Lunatic asylums Central Provinces reports 1886-1894 - 1886-1894
Year: 1886
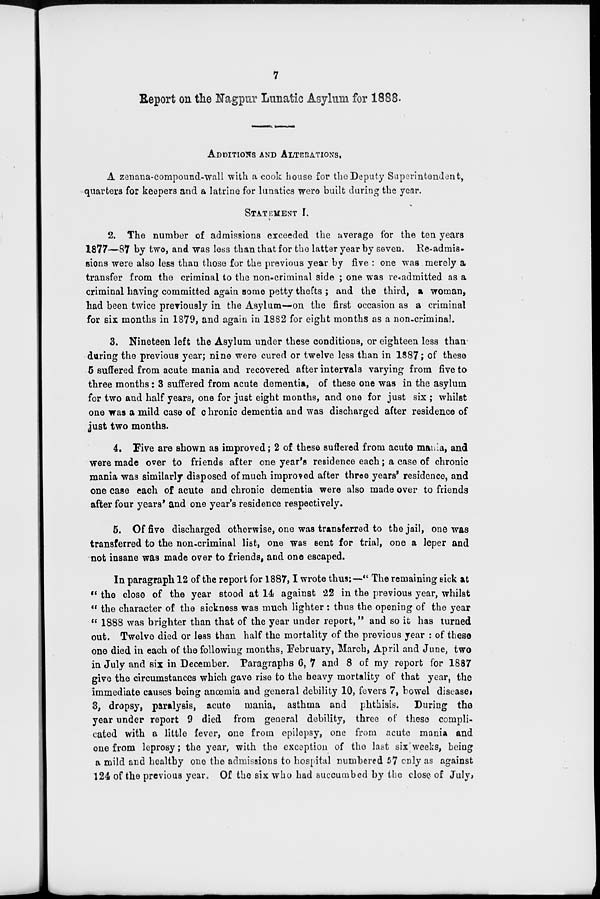
7
Report on the Nagpur Lunatic Asylum for 1888.
ADDITIONS AND ALTERATIONS.
A zenana-compound-wall with a cook house for the Deputy Superintendent,
quarters for keepers and a latrine for lunatics were built during the year.
STATEMENT I.
2. The number of admissions exceeded the average for the ten years
1877—87 by two, and was less than that for the latter year by seven. Re-admis-
sions were also less than those for the previous year by five : one was merely a
transfer from the criminal to the non-criminal side ; one was re-admitted as a
criminal having committed again some petty thefts ; and the third, a woman,
had been twice previously in the Asylum—on the first occasion as a criminal
for six months in 1879, and again in 1882 for eight months as a non-criminal.
3. Nineteen left the Asylum under these conditions, or eighteen less than
during the previous year; nine were cured or twelve less than in 1887; of these
5 suffered from acute mania and recovered after intervals varying from five to
three months : 3 suffered from acute dementia, of these one was in the asylum
for two and half years, one for just eight months, and one for just six ; whilst
one was a mild case of chronic dementia and was discharged after residence of
just two months.
4. Five are shown as improved; 2 of these suffered from acute mania, and
were made over to friends after one year's residence each ; a case of chronic
mania was similarly disposed of much improved after three years' residence, and
one case each of acute and chronic dementia were also made over to friends
after four years' and one year's residence respectively.
5. Of five discharged otherwise, one was transferred to the jail, one was
transferred to the non-criminal list, one was sent for trial, one a leper and
not insane was made over to friends, and one escaped.
In paragraph 12 of the report for 1887,I wrote thus:—" The remaining sick at
" the close of the year stood at 14 against 22 in the previous year, whilst
" the character of the sickness was much lighter : thus the opening of the year
" 1888 was brighter than that of the year under report," and so it has turned
out. Twelve died or less than half the mortality of the previous year : of these
one died in each of the following months, February, March, April and June, two
in July and six in December. Paragraphs 6, 7 and 8 of my report for 1887
give the circumstances which gave rise to the heavy mortality of that year, the
immediate causes being anœmia and general debility 10, fevers 7, bowel diseases,
3, dropsy, paralysis, acute mania, asthma and phthisis. During the
year under report 9 died from general debility, three of these compli-
cated with a little fever, one from epilepsy, one from acute mania and
one from leprosy ; the year, with the exception of the last six weeks, being
a mild and healthy one the admissions to hospital numbered 57 only as against
124 of the previous year. Of the six who had succumbed by the close of July,